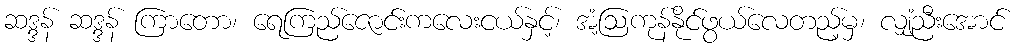
ဆဒ္ဒန် ဆဒ္ဒန် ကြာတော၊ ရေကြည်ဇောင်းကလေးငယ်နှင့်၊ အံ့ဩကုန်နိုင်ဖွယ်လေတည့်မှ၊ လျှံညီးအောင်